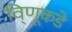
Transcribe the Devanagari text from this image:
वि़्णूकडे